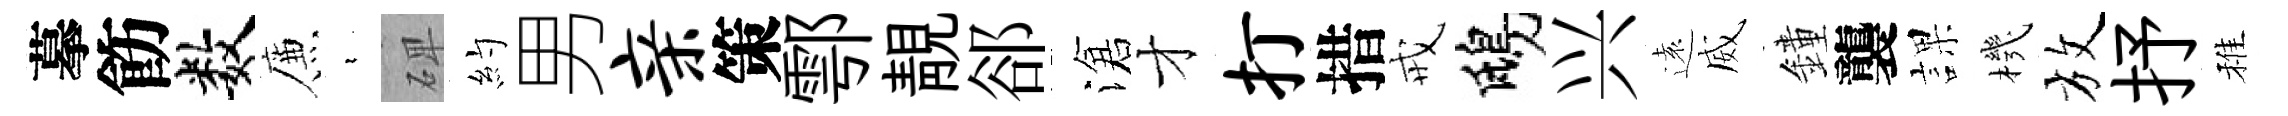
摹飭数簾裊𥓓約男亲策鄠靚郤滄才打措戒鴟兴遠威鐘襲課機放抒稚